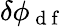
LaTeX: \delta\phi_{\mathrm{~d~f~}}